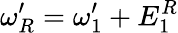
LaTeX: \omega_{R}^{\prime}=\omega_{1}^{\prime}+E_{1}^{R}